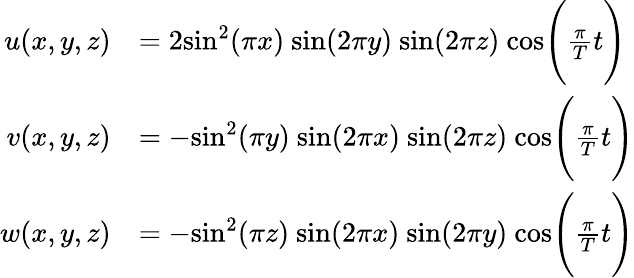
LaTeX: \begin{array}{rl}{u(x,y,z)}&{=2\mathrm{sin}^{2}(\pi x)\ \mathrm{sin}(2\pi y)\ \mathrm{sin}(2\pi z)\ \mathrm{cos}\Bigg(\frac{\pi}{T}t\Bigg)}\\ {v(x,y,z)}&{=-\mathrm{sin}^{2}(\pi y)\ \mathrm{sin}(2\pi x)\ \mathrm{sin}(2\pi z)\ \mathrm{cos}\Bigg(\frac{\pi}{T}t\Bigg)}\\ {w(x,y,z)}&{=-\mathrm{sin}^{2}(\pi z)\ \mathrm{sin}(2\pi x)\ \mathrm{sin}(2\pi y)\ \mathrm{cos}\Bigg(\frac{\pi}{T}t\Bigg)}\end{array}